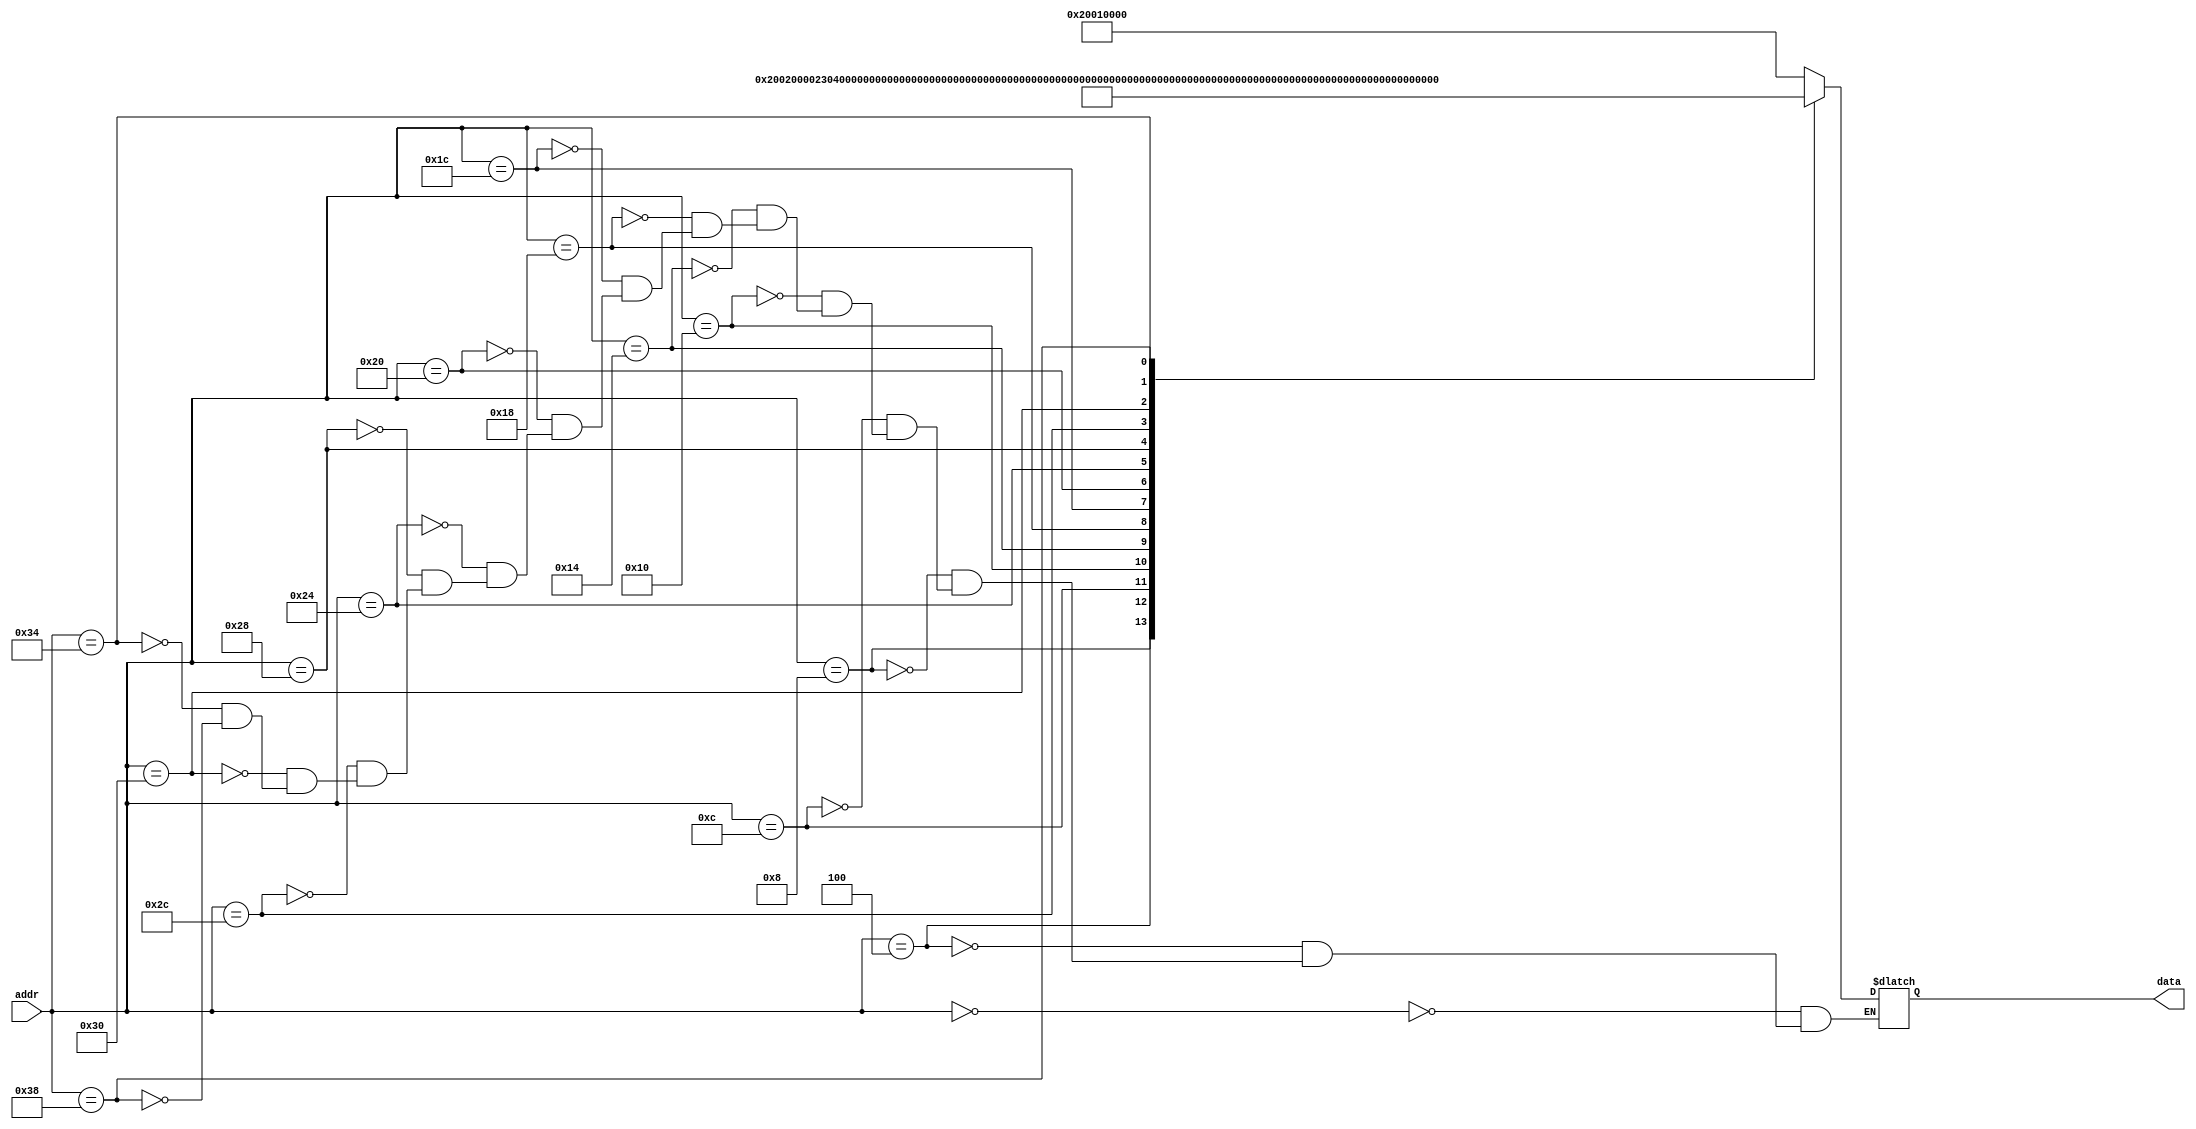
module imem (
	input  [ 7:0] addr,
	output [31:0] data
);

	reg [31:0] data;

	// r6 ith element
	// r1 index
	// r2 sum
	// r3 n (gp)
	// r5 address of ith element
	// r10 address of sum (gp +4)

	always @(addr) begin
		case(addr)
			//  addi r1 r0 0
			// op- 001000
			// rs- 00000
			// rt- 00001
			// i- 0000 0000 0000 0000
			00 : data = 32'b00100000000000010000000000000000;

			// addi r2 r0 0
			// op- 001000
			// rs- 00000
			// rt- 00010
			// i- 0000 0000 0000 0000
			04 : data = 32'b00100000000000100000000000000000;

			// addi r4 $gp 0
			// op- 001000
			// rt- 00100
			// rs- 11000
			// i-  0000 0000 0000 0000
			08 : data = 32'b00100011000001000000000000000000;

			// lw r3 r4
			// op- 100011
			// rt- 00011
			// rs- 00100
			// i- 0000 0000 0000 0000
			12 : data = 32'b10001100100000110000000000000000;

			// addi r5 $gp 8
			// op- 001000
			// rt- 00101
			// rs- 11000
			// i- 0000 0000 0000 1000
			16 : data = 32'b00100011000001010000000000001000;

			// addi r10 $gp 4
			// op- 001000
			// rt- 01010
			// rs- 11000
			// i-  0000 0000 0000 0100
			20 : data = 32'b00100011000010100000000000000100;

			// beq r1 r3 end
			// op- 000100
			// rs - 00001
			// rt - 00011
			// im - end-here-4
			24 : data = 32'b00010000001000110000000000000101;

			// lw r6 r5 0 
			// op-100011
			// rs-00101
			// rt-00110
			// i - 0
			28 : data = 32'b10001100101001100000000000000000;

			// add r2 r2 r6
			// op- 000000
			// rd- - 00010
			// rs - 00010
			// rt - 00110
			// shamt  - 00000
			// funct - 100000
			32 : data = 32'b00000000010001100001000000100000;

			// addi r5 r5 4
			// op - 001000
			// rt - 000101
			// rs - 000101
			// im - 4
			36 : data = 32'b00100000101001010000000000000100;

			//addi r1 r1 1
			// op - 001000
			// rt - 00001
			// rs - 00001
			// im - 00000000000000001
			40 : data = 32'b00100000001000010000000000000001;

			// j start 
			// op - 000010
			// addr - start
			// 000010 000000000000000000110
			44 : data = 32'b00001000000000000000000000000110;

			//sw r10 r6
			// op - 101011
			// rs - 01010
			// rt - 00010
			// imm - 0
			48 : data = 32'b10101101010000100000000000000000;

			// addi r4 r0 10 (argument for syscall)
			// op- 001000
			// rs- 00000
			// rt- 00100
			// i- 0000 0000 0000 1010
			52 : data = 32'b00100000000001000000000000001010;

			// syscall
			// op - 001100
			56 : data = 32'b00110000000000000000000000000000;
		endcase
	end
endmodule